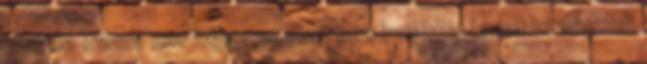
Szerintem érdemes lenne mégegyszer ellenőrizni a hozzászólás forrásaként felhasznált